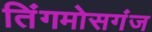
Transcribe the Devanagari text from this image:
तिंगमोसगंज